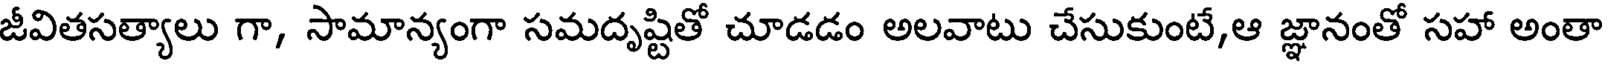
జీవితసత్యాలు గా, సామాన్యంగా సమదృష్టితో చూడడం అలవాటు చేసుకుంటే,ఆ జ్ఞానంతో సహా అంతా